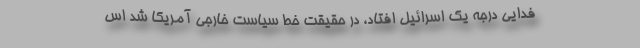
فدایی درجه یک اسرائیل افتاد، در حقیقت خط سیاست خارجی آمریکا شد اس